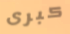
كبرى